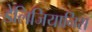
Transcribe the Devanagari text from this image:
डेलिजियानिस